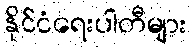
နိုင်ငံရေးပါတီများ